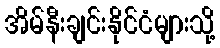
အိမ်နီးချင်းနိုင်ငံများသို့